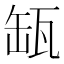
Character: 缻